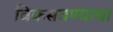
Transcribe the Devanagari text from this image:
विकसवण्याचा